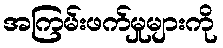
အကြမ်းဖက်မှုများကို